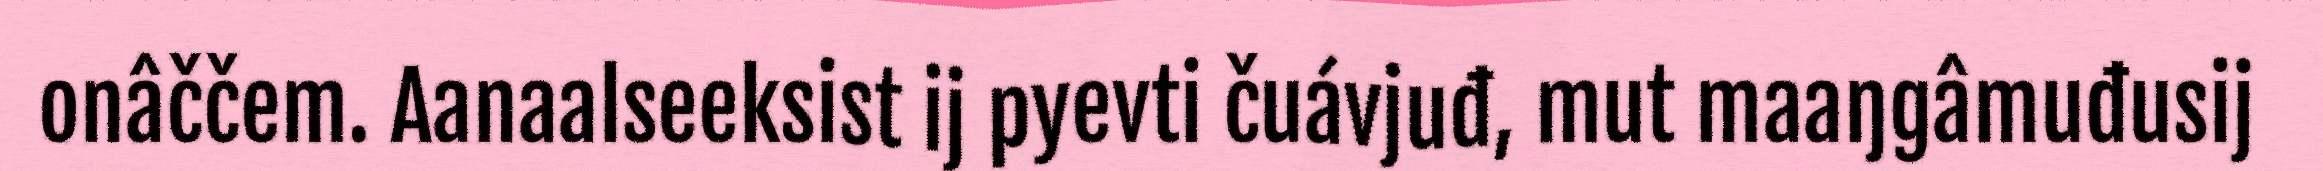
onâččem. Aanaalseeksist ij pyevti čuávjuđ, mut maaŋgâmuđusij